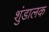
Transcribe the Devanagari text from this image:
शुंडालक